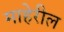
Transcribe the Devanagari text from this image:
माहेरील